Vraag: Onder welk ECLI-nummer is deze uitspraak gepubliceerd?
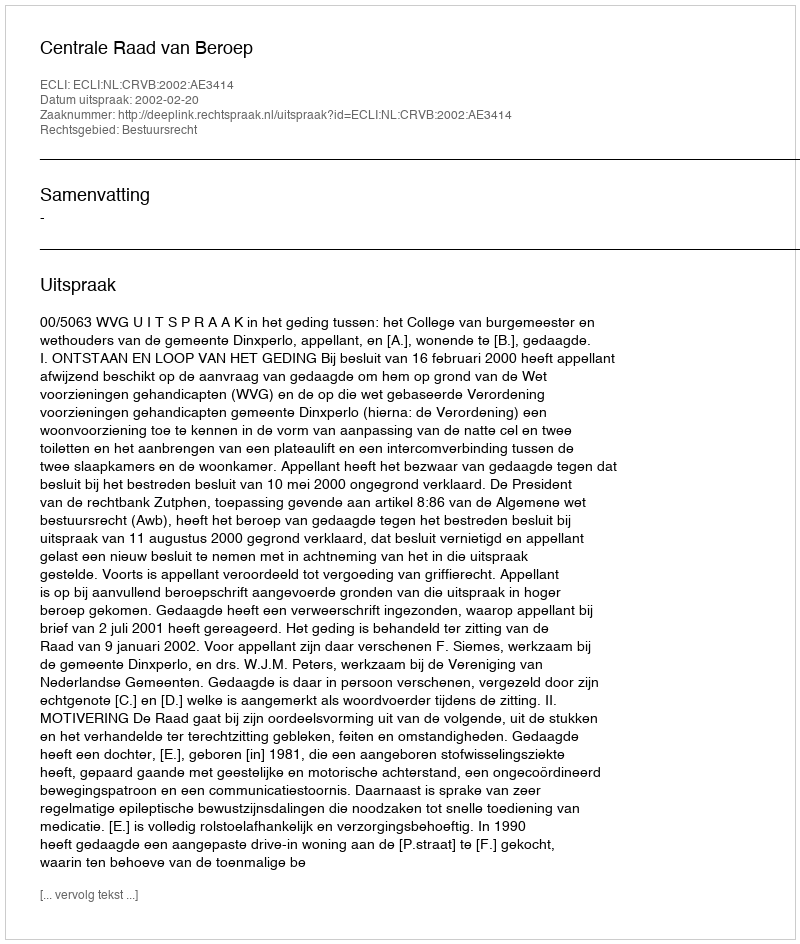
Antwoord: ECLI:NL:CRVB:2002:AE3414